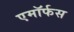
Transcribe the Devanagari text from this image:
एमॉर्फस